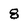
Character: 8